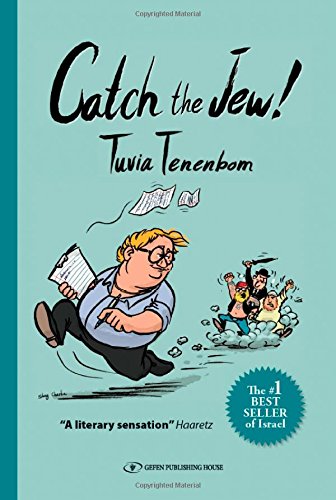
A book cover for Catch The Jew!; Tuvia Tenenbom; Humor & Entertainment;